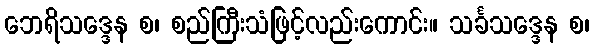
ဘေရိသဒ္ဒေန စ၊ စည်ကြီးသံဖြင့်လည်းကောင်း။ သင်္ခသဒ္ဒေန စ၊